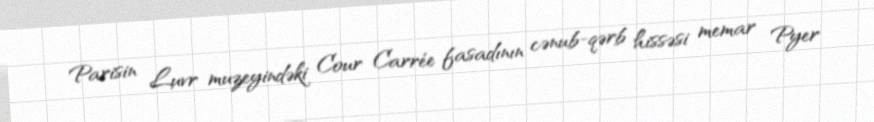
Parisin Luvr muzeyindəki Cour Carrée fasadının cənub-qərb hissəsi memar Pyer